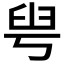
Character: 𦥚